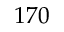
1 7 0